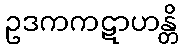
ဥဒကကဋာဟန္တိ